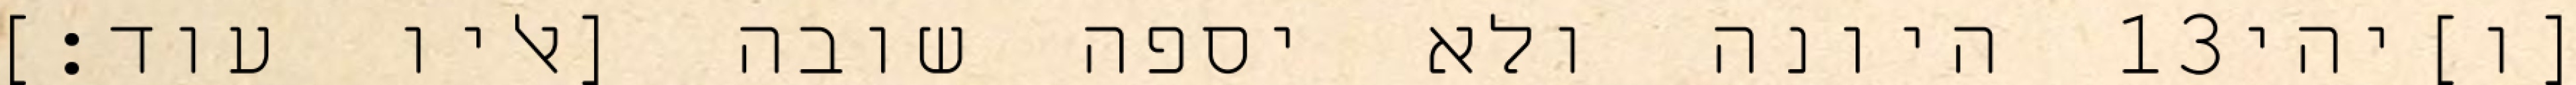
היונה ולא יספה שובה [אליו עוד׃] ‎13‏ [ו]יהי